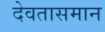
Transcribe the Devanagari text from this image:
देवतासमान